Indian journal of veterinary science and animal husbandry - Volumes 22-23, 1952-1953
Year: 1952
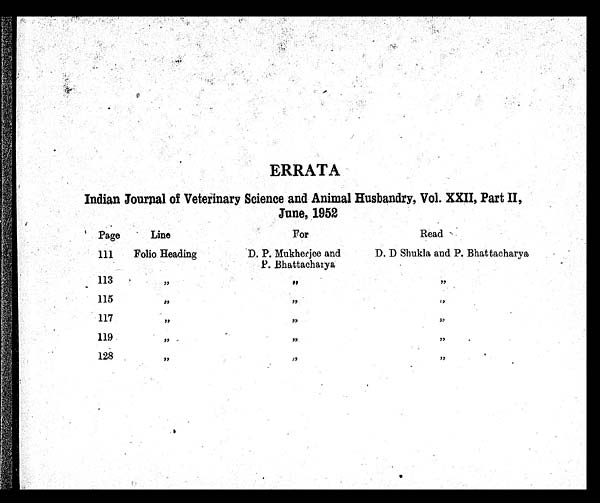
ERRATA
Indian Journal of Veterinary Science and Animal Husbandry, Vol. XXII, Part II,
June, 1952
Page
111
113
115
117
119
128
Line
Folio Heading
„
„
„
„
„
For
D. P. Mukherjee and
P. Bhattacharya
„
„
„
„
„
Read
D. D Shukla and P. Bhattacharya
„
„
„
„
„